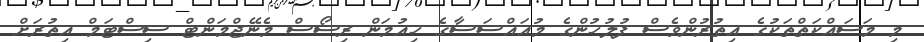
މި މަސައްކަތްތަކުގެ އިތުރުންވެސް ފުލުހުންގެ މުއައްސަސާގެ ހިއުމަން ރިސޯސް މެނޭޖްމަންޓް ސިސްޓަމް އިތުރަށް